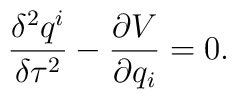
\frac{\delta^2 q^i}{\delta\tau^2}-\frac{\partial V}{\partial q_i}=0.